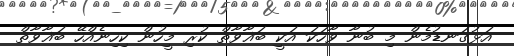
އަޅުގަނޑުމެން މި ބުނާ ވާހަކަ އަކީ ބަޣާވާތް ކުރި މީހުން ކިހިނެއްހޭ ބަޣާވާތް